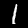
Label: 1